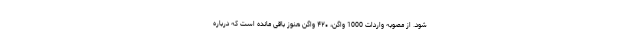
شود. از مصوبه واردات 1000 واگن، ۴۲۰ واگن هنوز باقی مانده است که درباره